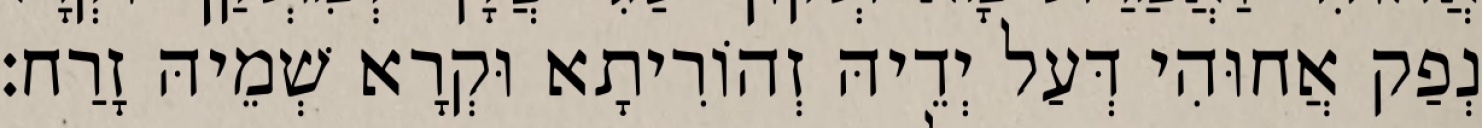
נְפַק אֲחוּהִי דְּעַל יְדֵיהּ זְהוֹרִיתָא וּקְרָא שְׁמֵיהּ זָרַח׃